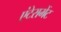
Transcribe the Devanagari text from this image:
एंटेरामेंट